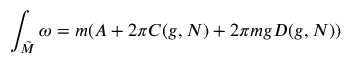
\int _ { { \tilde { M } } } \omega = m ( A + 2 \pi C ( g , N ) + 2 \pi m g D ( g , N ) )